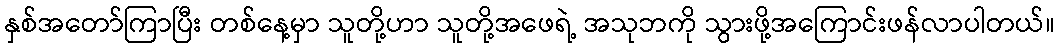
နှစ်အတော်ကြာပြီး တစ်နေ့မှာ သူတို့ဟာ သူတို့အဖေရဲ့ အသုဘကို သွားဖို့အကြောင်းဖန်လာပါတယ်။